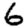
Digit: 6